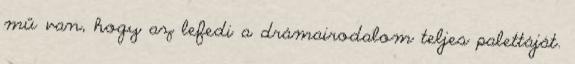
mű van, hogy az lefedi a drámairodalom teljes palettáját.